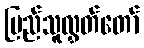
ပြည်သူလွှတ်တော်